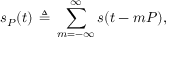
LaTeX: s _ { P } ( t ) \, \triangleq \, \sum _ { m = - \infty } ^ { \infty } s ( t - m P ) ,